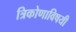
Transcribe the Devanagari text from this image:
त्रिकोणाविषयी